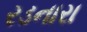
રડનારા